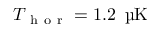
T _ { \mathrm { ~ h ~ o ~ r ~ } } = 1 . 2 \, \textrm { \textmu K }